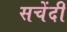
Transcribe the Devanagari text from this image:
सचेंदी